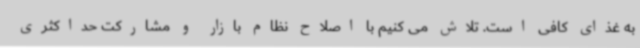
به غذای کافی است. تلاش می کنیم با اصلاح نظام بازار و مشارکت حداکثری